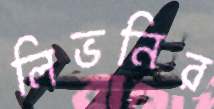
লিভনির